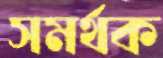
সমর্থক